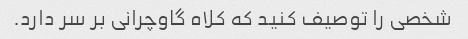
شخصی را توصیف کنید که کلاه گاوچرانی بر سر دارد.